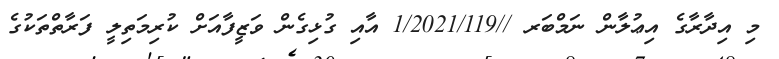
މި އިދާރާގެ އިޢުލާން ނަމްބަރ //1/2021/119 އާއި ގުޅިގެން ވަޒީފާއަށް ކުރިމަތިލީ ފަރާތްތަކުގެ